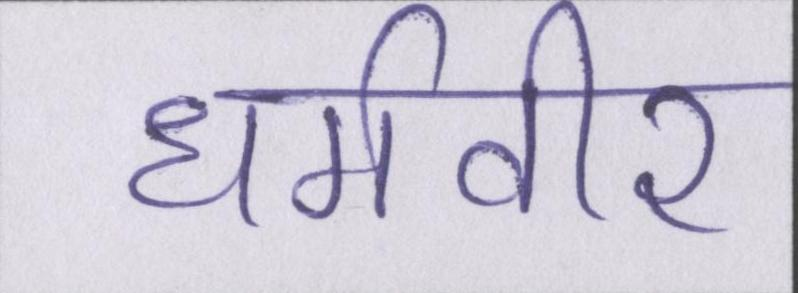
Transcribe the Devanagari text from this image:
धर्मवीर